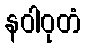
နဝါဝုတံ